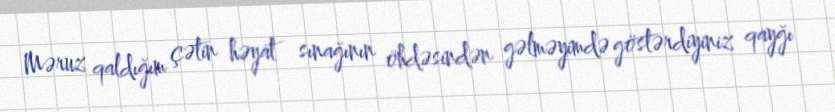
Məruz qaldığım çətin həyat sınağının öhdəsindən gəlməyimdə göstərdiyiniz qayğı